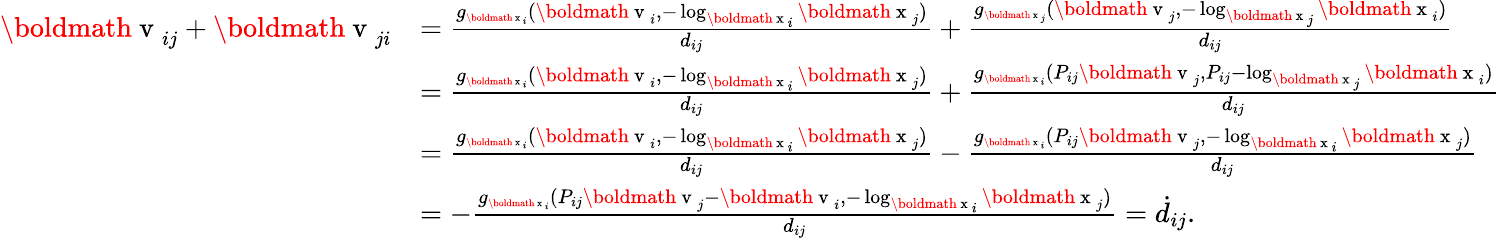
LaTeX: \begin{array}{rl}{{\mathrm{\boldmath~v~}}_{ij}+{\mathrm{\boldmath~v~}}_{ji}}&{=\frac{g_{{\scriptsize\mathrm{\boldmath~x~}_{i}}}(\mathrm{\boldmath~v~}_{i},-\log_{\mathrm{\boldmath~x~}_{i}}\mathrm{\boldmath~x~}_{j})}{d_{ij}}+\frac{g_{{\scriptsize\mathrm{\boldmath~x~}_{j}}}(\mathrm{\boldmath~v~}_{j},-\log_{\mathrm{\boldmath~x~}_{j}}\mathrm{\boldmath~x~}_{i})}{d_{ij}}}\\ &{=\frac{g_{{\scriptsize\mathrm{\boldmath~x~}_{i}}}(\mathrm{\boldmath~v~}_{i},-\log_{\mathrm{\boldmath~x~}_{i}}\mathrm{\boldmath~x~}_{j})}{d_{ij}}+\frac{g_{{\scriptsize\mathrm{\boldmath~x~}_{i}}}(P_{ij}\mathrm{\boldmath~v~}_{j},P_{ij}-\log_{\mathrm{\boldmath~x~}_{j}}\mathrm{\boldmath~x~}_{i})}{d_{ij}}}\\ &{=\frac{g_{{\scriptsize\mathrm{\boldmath~x~}_{i}}}(\mathrm{\boldmath~v~}_{i},-\log_{\mathrm{\boldmath~x~}_{i}}\mathrm{\boldmath~x~}_{j})}{d_{ij}}-\frac{g_{{\scriptsize\mathrm{\boldmath~x~}_{i}}}(P_{ij}\mathrm{\boldmath~v~}_{j},-\log_{\mathrm{\boldmath~x~}_{i}}\mathrm{\boldmath~x~}_{j})}{d_{ij}}}\\ &{=-\frac{g_{{\scriptsize\mathrm{\boldmath~x~}_{i}}}(P_{ij}\mathrm{\boldmath~v~}_{j}-\mathrm{\boldmath~v~}_{i},-\log_{\mathrm{\boldmath~x~}_{i}}\mathrm{\boldmath~x~}_{j})}{d_{ij}}=\dot{d}_{ij}.}\end{array}